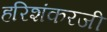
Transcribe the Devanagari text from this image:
हरिशंकरजी